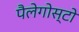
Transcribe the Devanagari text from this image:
पैलेगोस्टो